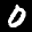
Label: 0